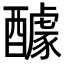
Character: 醵